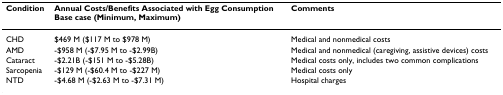
<table><thead><tr><td><b>Condition</b></td><td><b>Annual Costs/Benefits Associated with Egg ConsumptionBase case (Minimum, Maximum)</b></td><td><b>Comments</b></td></tr></thead><tbody><tr><td>CHD</td><td>$469 M ($117 M to $978 M)</td><td>Medical and nonmedical costs</td></tr><tr><td>AMD</td><td>-$958 M (-$7.95 M to -$2.99B)</td><td>Medical and nonmedical (caregiving, assistive devices) costs</td></tr><tr><td>Cataract</td><td>-$2.21B (-$151 M to -$5.28B)</td><td>Medical costs only, includes two common complications</td></tr><tr><td>Sarcopenia</td><td>-$129 M (-$60.4 M to -$227 M)</td><td>Medical costs only</td></tr><tr><td>NTD</td><td>-$4.68 M (-$2.63 M to -$7.31 M)</td><td>Hospital charges</td></tr></tbody></table>